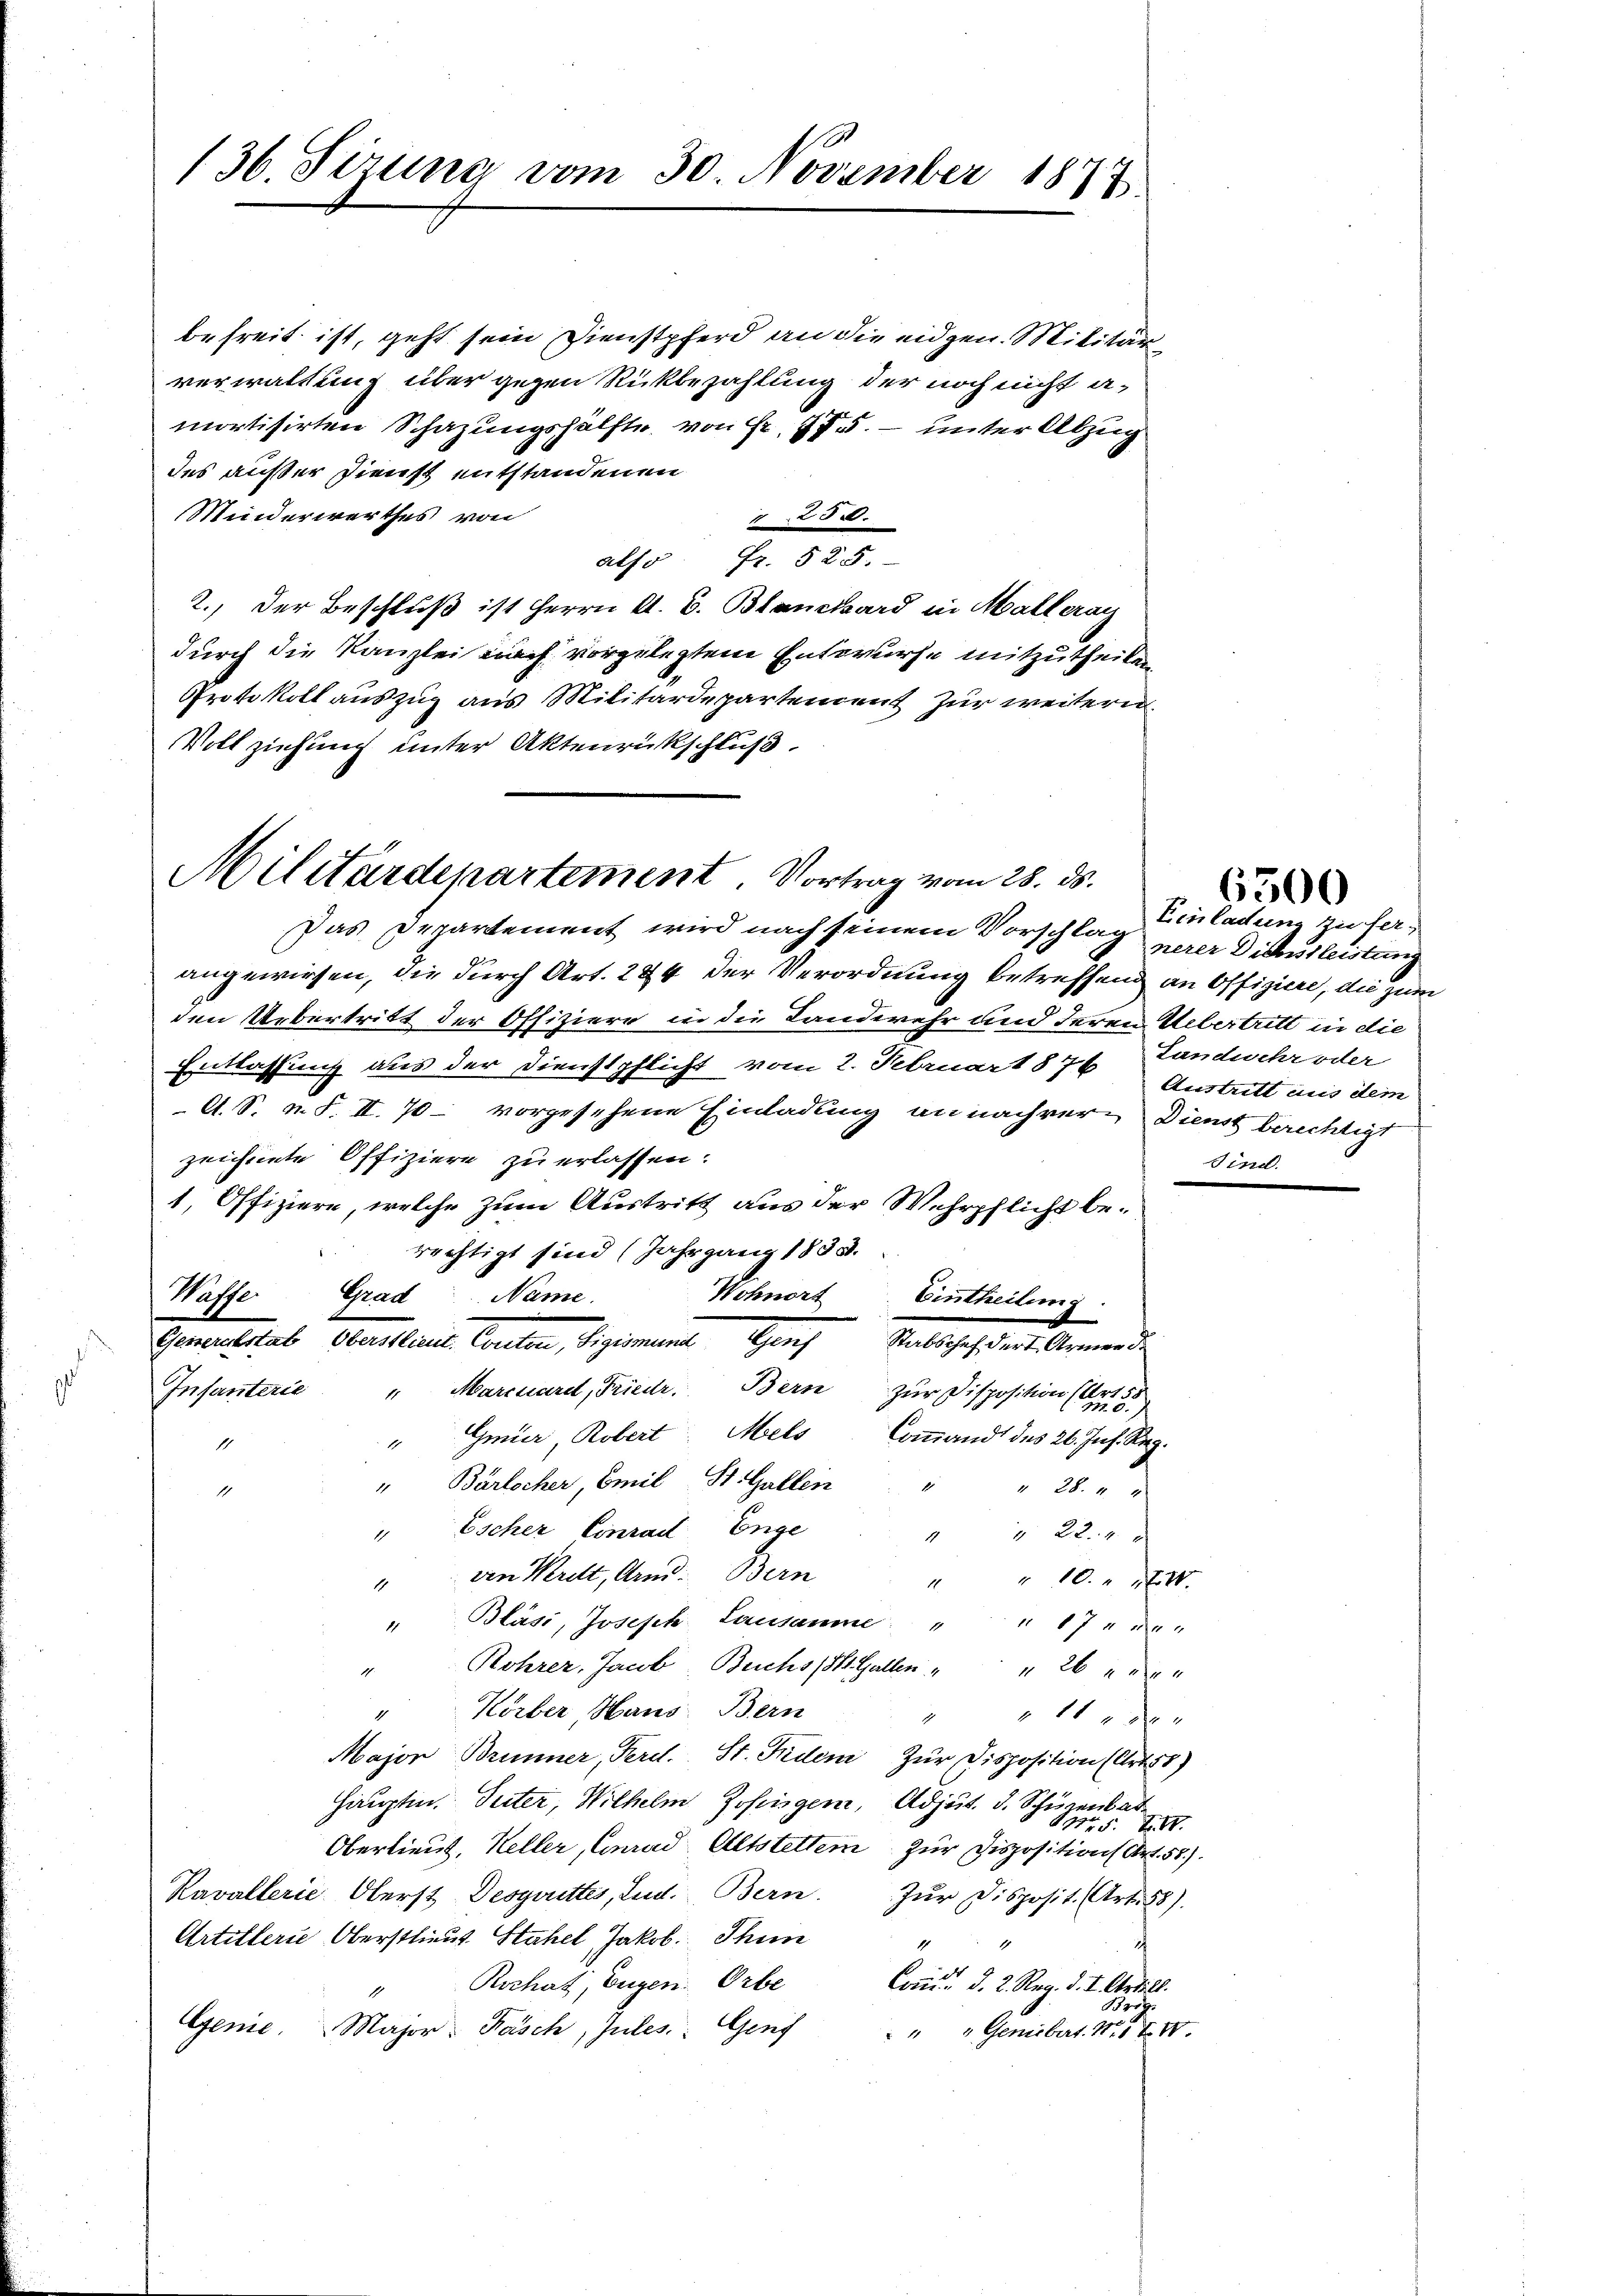
136. Sizung vom 30. November 1877

des außer Dienst entstandenen
Minderwerthes von
Vollziehung unter Aktenrückschluß.

Militärdepartement. Vortrag vom 28. ds.

befreit ist, geht sein Dienstpferd an die eidgen. Militär
verwaltung über gegen Rückbezahlung der noch nicht an
mortisirten Schazungshälfte von Fr. 175. – unter Abzug
250.
also Fr. 525.
2.) Der Beschluß ist Herrn A. B. Blanckard in Malleray
durch die Kanzlei nach vorgelegtem Entwurfe mitzutheilen
Protokoll auszug aus Militärdepartement zur weitern

Genusstab bekleine Canton, beigemeine Greifelschaften Armende

Das Departement wird nach seinem Vorschlag
angewiesen, die durch Art. 284 der Verordnung betreffend an Offiziere, die zum
den Uebertritt der Offiziere in die Landwehr und deren Uebertritt in die
Entlassung aus der Dienstpflicht vom 2. Februar 1876, Landwehr oder
A. S. n. F. II. 70 – vorgesehene Einladung an nachver- Dienst berechtigt
zeichnete Offiziere zu erlassen:
1. Offiziere, welche zum Austritt aus der Wehrpflicht berechtigt sind (Jahrgang 1831.
Waffe. Grad Name
Wohnort Eintheilung
Infanterie "Marcuard, Friedr. Bern zur Disposition (Art. 55
Gmier Robert Mels Coṁandt des 26. Jul. Reg.
1
11
Bärlscher, Emil St. Gallen
1
1
" 28. 44
1
" Escher Conrad Enge
" " 224
von Merit, Arn. Bern
" " 10. IV.
Bläsi, Joseph Lausamme " " 17 " 2 "
Rohrer, Jacob Buchs (St. Gallen " " 26 de
Körber Haus Bern
11 xx
1
Major Brunner, Ferd. St. Fidem Zur Disposition (Arts)
Haruptin. Seiter, Wilhelm Zofingen, Adjut. d. Schüge
Oberlieut. Keller, Conrad Altstellein zur Disposition (Art. 52).
Kavallerie. Oberst Desgruettes, Lud. Bern.
Zur Disposit. (Art. 58).
Artillerie Oberstlieut. Stahel Jakob. Thun
5
Rochat, Eugen. Orbe
Com. d. 2. Reg. d. I. Artill.
1
Brös
Genie. Major Fäsch, Jules Genf
" " Geniebert. N. F. IV.

Einladung zu fernerer Dichissleistung
Austritt aus dem
.

6500